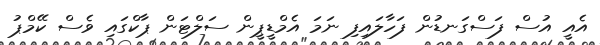
އެއީ އުސް ފަސްގަނޑުން ފަހާލައިފި ނަމަ އެމްޑީޕީން ސަލްޓަން ޕާކްގައި ވެސް ކޭމްޕު